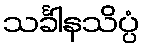
သင်္ခါနသိပ္ပံ